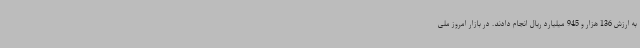
به ارزش 136 هزار و 945 میلیارد ریال انجام دادند. در بازار امروز ملی